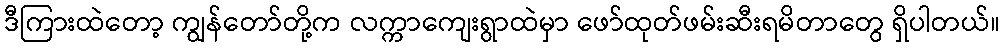
ဒီကြားထဲတော့ ကျွန်တော်တို့က လက္ကာကျေးရွာထဲမှာ ဖော်ထုတ်ဖမ်းဆီးရမိတာတွေ ရှိပါတယ်။